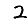
Digit: 2